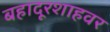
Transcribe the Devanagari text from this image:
बहादूरशाहवर